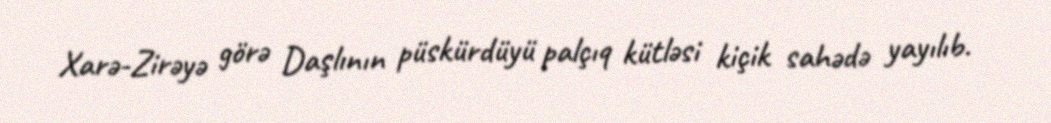
Xarə-Zirəyə görə Daşlının püskürdüyü palçıq kütləsi kiçik sahədə yayılıb.